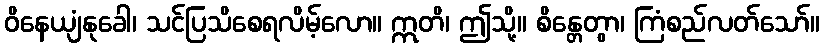
ဝိနေယျံနုခေါ၊ သင်ပြသိစေရလိမ့်လော။ ဣတိ၊ ဤသို့။ စိန္တေတွာ၊ ကြံစည်လတ်သော်။